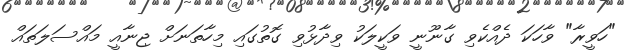
"ހަވީރާ" ވާހަކަ ދެެއްކެވި ގާނޫނީ ވަކީލަކު ވިދާޅުވި ގޮތުގައި މިހާތަނަށް ޖިނާއީ މައްސަލަތައް